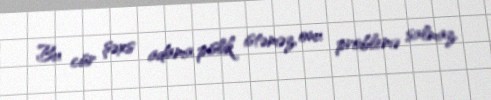
Bu cür şəxs adama pislik istəməz, onu problemə salmaz.